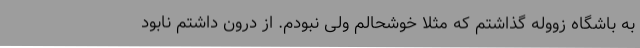
به باشگاه زووله گذاشتم که مثلا خوشحالم ولی نبودم. از درون داشتم نابود